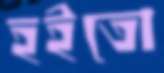
হইতো